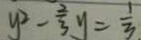
y ^ { 2 } - \frac { 2 } { 3 } y = \frac { 1 } { 3 }